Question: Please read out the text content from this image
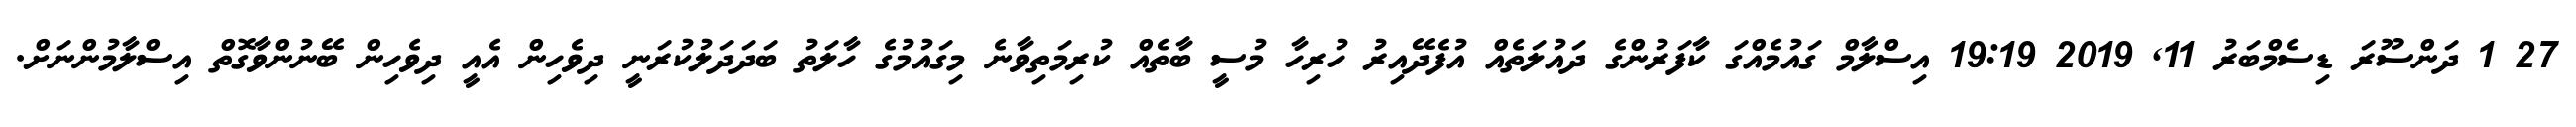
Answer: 27 1 ދަންސޫރަ ޑިސެމްބަރު 11, 2019 19:19 އިސްލާމް ގައުމެއްގަ ކާފަރުންގެ ދައުލަތެއް އުފެދޭއިރު ހުރިހާ މުސީ ބާތެއް ކުރިމަތިވާނެ މިގައުމުގެ ހާލަތު ބަދަދަލުކުރަނީ ދިވެހިން އެއީ ދިވެހިން ބޭނުންވާގޮތް އިސްލާމުންނަށް.